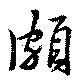
頗